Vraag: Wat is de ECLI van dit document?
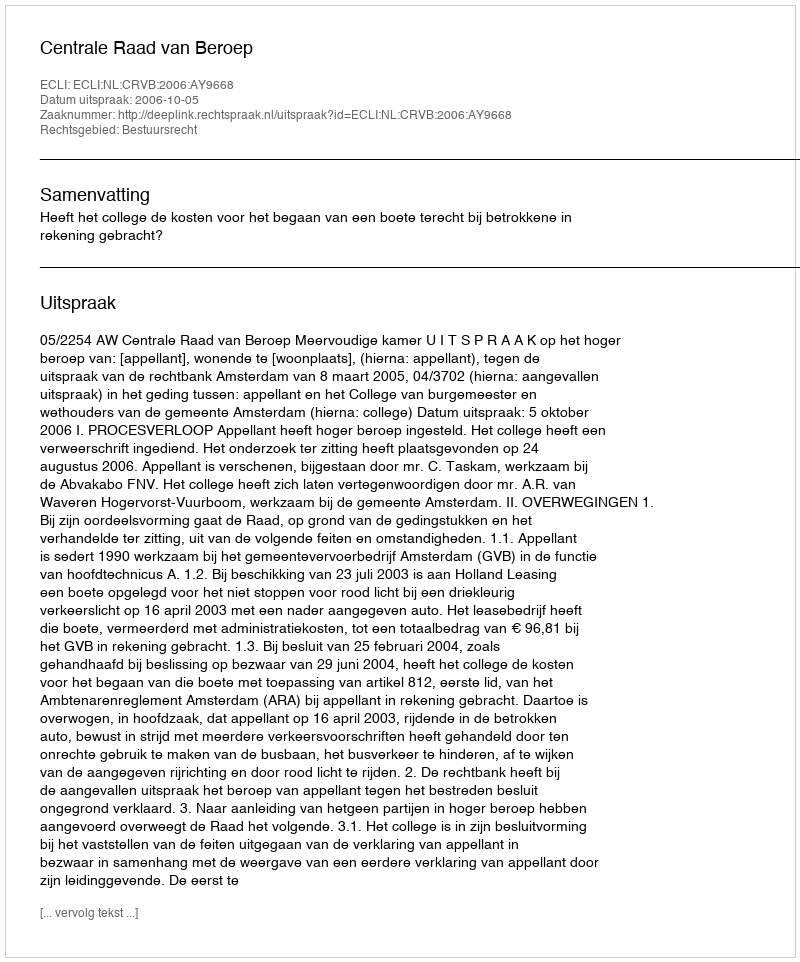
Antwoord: ECLI:NL:CRVB:2006:AY9668